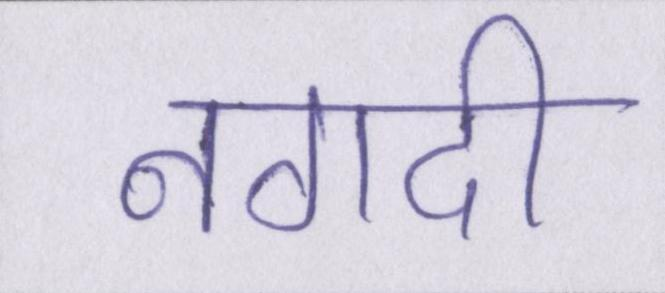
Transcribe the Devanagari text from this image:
नगदी